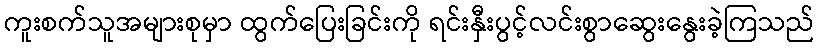
ကူးစက်သူအများစုမှာ ထွက်ပြေးခြင်းကို ရင်းနှီးပွင့်လင်းစွာဆွေးနွေးခဲ့ကြသည်